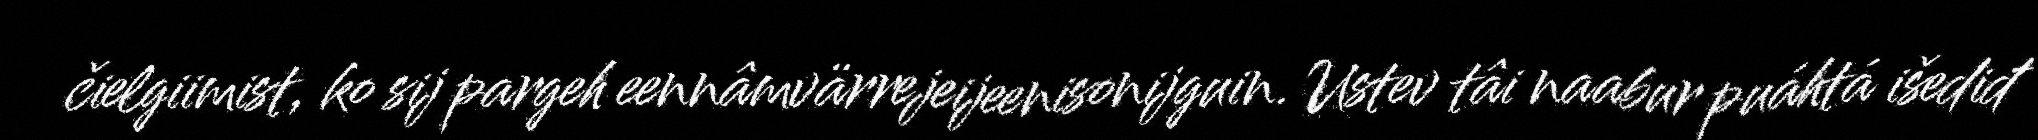
čielgiimist, ko sij pargeh eennâmvärrejeijeenisonijguin. Ustev tâi naabur puáhtá išediđ